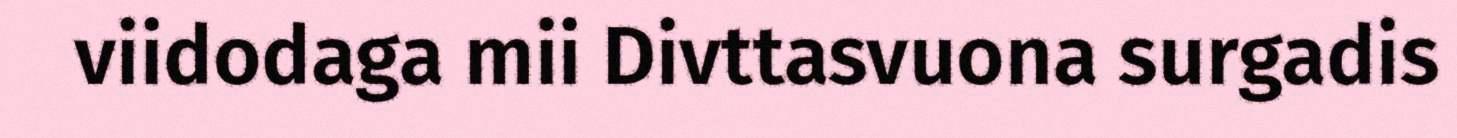
viidodaga mii Divttasvuona surgadis